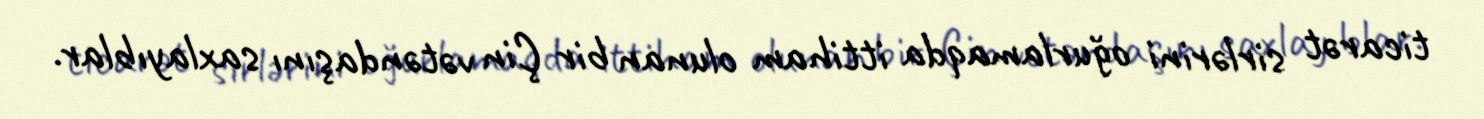
ticarət sirlərini oğurlamaqda ittiham olunan bir Çin vətəndaşını saxlayıblar.